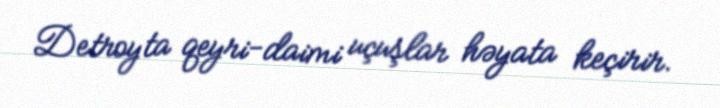
Detroyta qeyri-daimi uçuşlar həyata keçirir.